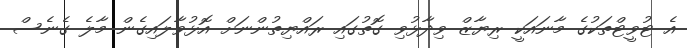
އެ ޓުވީޓްތަކުގެ މާނައަކީ ރިޔާޒް ވިދާޅުވި ގޮތުގައި ރައްޔިތުންނަށް އޮޅުވާލައިގެން މާލެ ގެނެސް